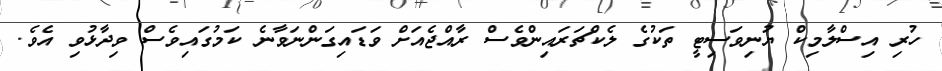
ހުރި އިސްލާމިކް ޔުނިވަސިޓީ ތަކުގެ ލެކްޗަރައިންވެސް ރާއްޖެއަށް ވަޑައިގަންނަވާނެ ކަމުގައިވެސް ވިދާޅުވި އެވެ.